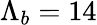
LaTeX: {\Lambda}_{b}=14